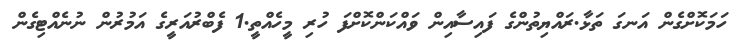
ހަމަކޮށްގެން އަނގަ ތަޅާ.ރައްޔިތުންގެ ފައިސާއިން ވައްކަންކޮށްފަ ހުރި މީހެއްތީ.1 ފެބްރުއަރީގެ އަމުރުން ނުނެއްޓިގެން